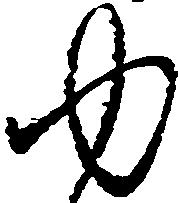
ゆ